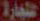
لتجارة